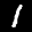
Label: 1